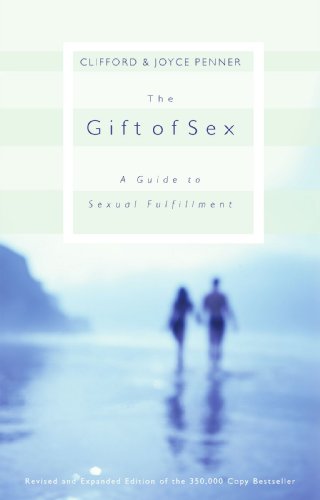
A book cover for The Gift of Sex: A Guide to Sexual Fulfillment; Clifford Penner; Self-Help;